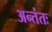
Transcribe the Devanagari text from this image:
अन्तंतः